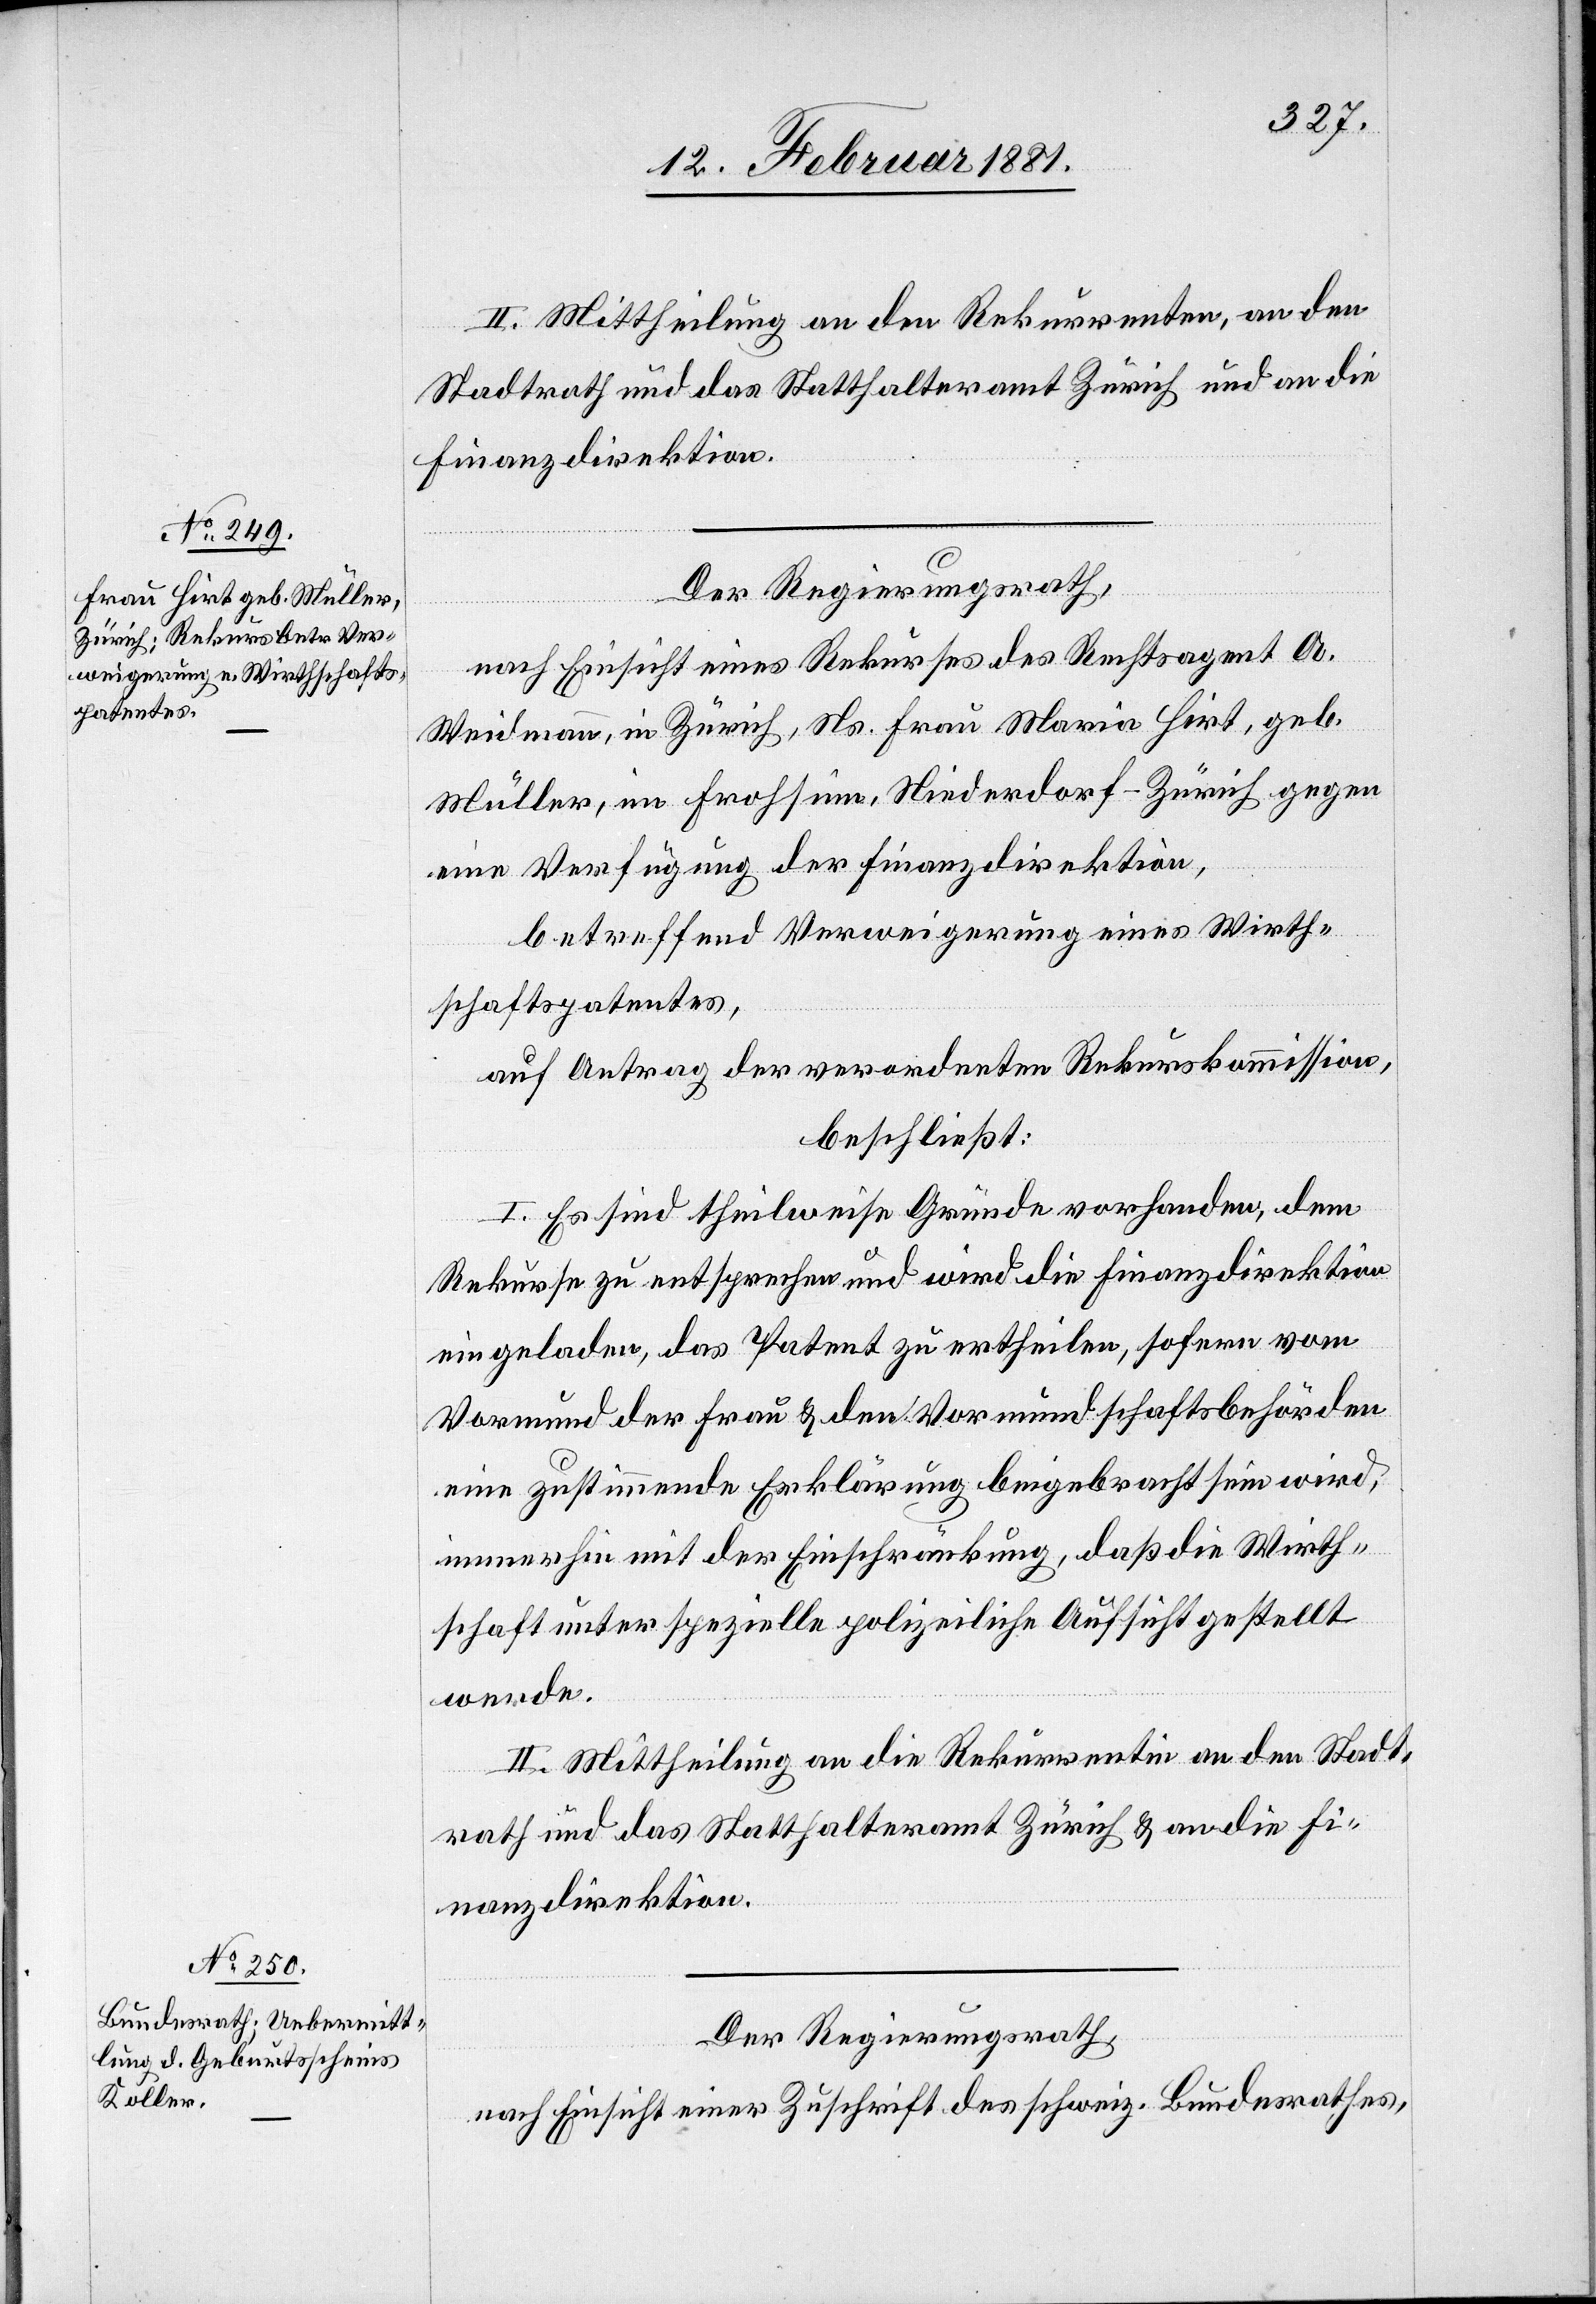
II. Mittheilung an den Rekurrenten, an den
Stadtrath und das Statthalteramt Zürich und an die
Finanzdirektion.
Der Regierungsrath,
nach Einsicht eines Rekurses des Rechtsagent A.
Weidmann, in Zürich Ns. Frau Maria Hirt, geb.
Müller, im Frohsinn, Niederdorf - Zürich gegen
eine Verfügung der Finanzdirektion,
betreffend Verweigerung eines Wirth¬
schaftspatentes,
auf Antrag der verordneten Rekurskommission,
beschließt:
I. Es sind theilweise Gründe vorhanden, dem
Rekurse zu entsprechen und wird die Finanzdirektion
eingeladen, das Patent zu ertheilen, sofern vom
Vormund der Frau & den Vormundschaftsbehörden
eine zustimmende Erklärung beigebracht sein wird,
immerhin mit der Einschränkung, daß die Wirth¬
schaft unter spezielle polizeiliche Aufsicht gestellt
werde.
II. Mittheilung an die Rekurrenten an den Stadt¬
rath und das Statthalteramt Zürich & an die Fi¬
nanzdirektion.
Der Regierungsrath,
nach Einsicht einer Zuschrift des schweiz. Bundesrathes,